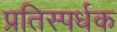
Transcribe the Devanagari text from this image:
प्रतिस्पर्धक